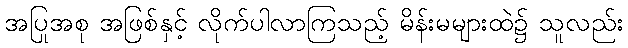
အပြုအစု အဖြစ်နှင့် လိုက်ပါလာကြသည့် မိန်းမများထဲ၌ သူလည်း